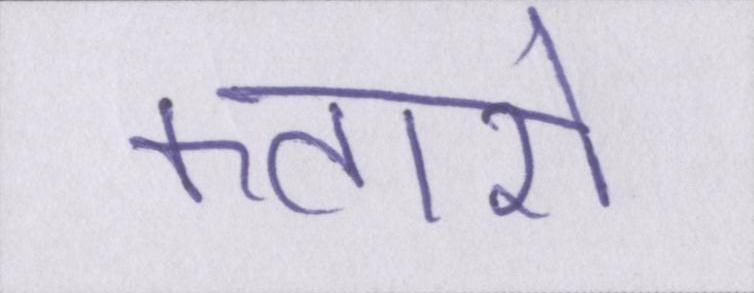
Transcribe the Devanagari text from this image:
कतारों